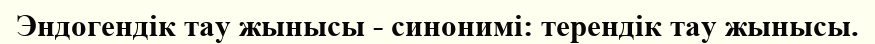
Эндогендік тау жынысы - синонимі: терендік тау жынысы.